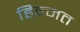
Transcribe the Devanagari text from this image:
हिक्मत